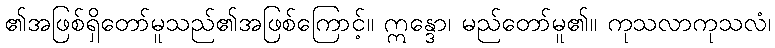
၏အဖြစ်ရှိတော်မူသည်၏အဖြစ်ကြောင့်။ ဣန္ဒော၊ မည်တော်မူ၏။ ကုသလာကုသလံ၊